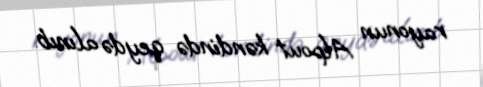
rayonun Alpout kəndində qeydə alınıb.